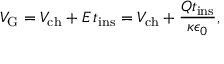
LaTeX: V _ { \mathrm { G } } = V _ { \mathrm { c h } } + E \, t _ { \mathrm { i n s } } = V _ { \mathrm { c h } } + { \frac { Q t _ { \mathrm { i n s } } } { \kappa \epsilon _ { 0 } } } ,